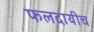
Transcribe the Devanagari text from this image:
फलदायीच